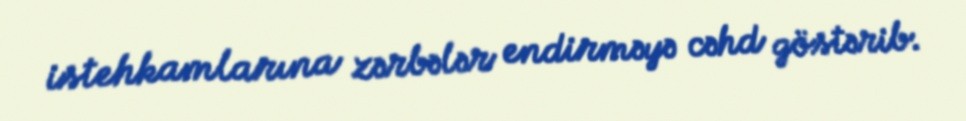
istehkamlarına zərbələr endirməyə cəhd göstərib.